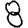
Digit: 8